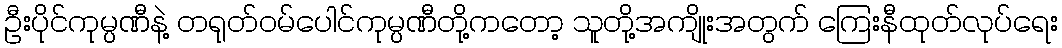
ဦးပိုင်ကုမ္ပဏီနဲ့ တရုတ်ဝမ်ပေါင်ကုမ္ပဏီတို့ကတော့ သူတို့အကျိုးအတွက် ကြေးနီထုတ်လုပ်ရေး